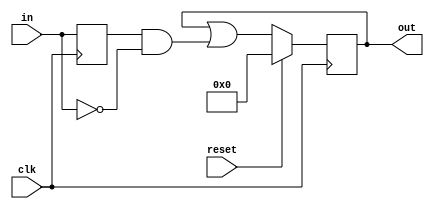
module top_module (
    input clk,
    input reset,
    input [31:0] in,
    output [31:0] out
);
    
    wire [31:0] pre;
    
    always @(posedge clk) begin
        if (reset) begin
            out <= 32'b0;
        end
        else begin
            out <= out | (pre & ~in);
        end
    	pre <= in;
    end

endmodule